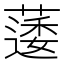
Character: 𮑌